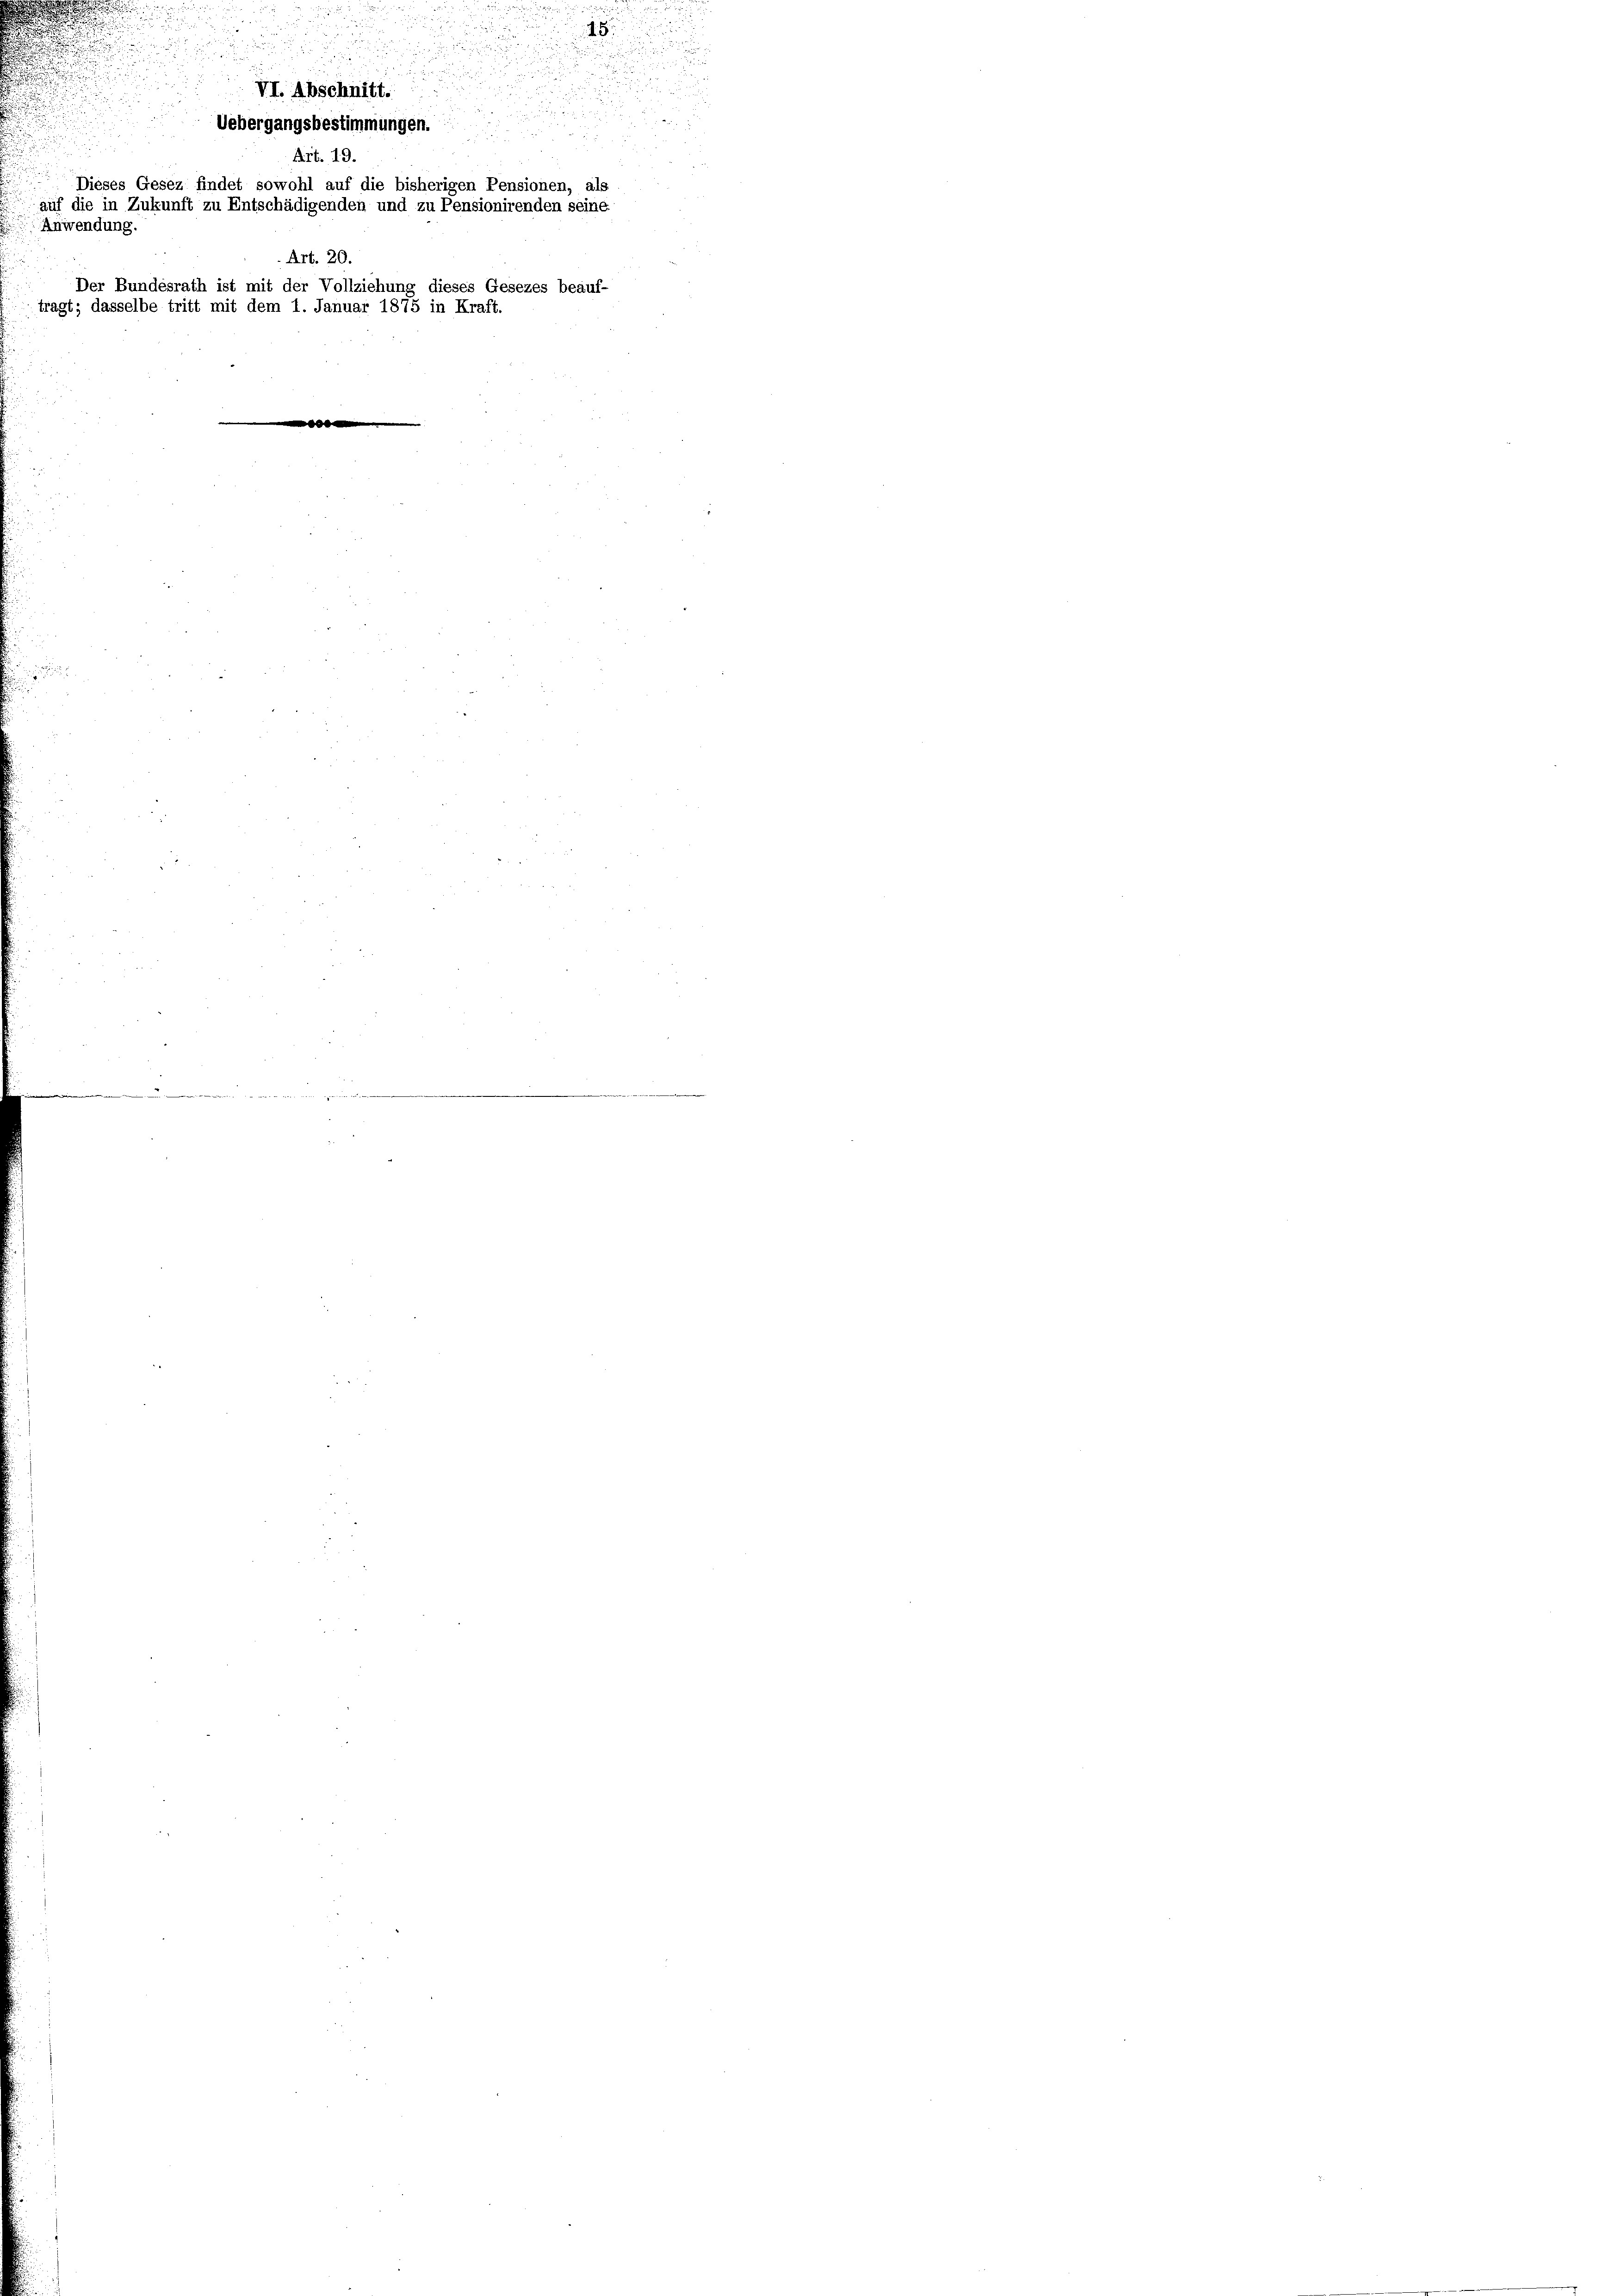
Uebergangsbestimmungen.
Art. 19.
Dieses Gesez findet sowohl auf die bisherigen Pensionen, als
auf die in Zukunft zu Entschädigenden und zu Pensionirenden seine:
Anwendung.
Art. 20.
Der Bundesrath ist mit der Vollziehung dieses Gesezes beauf-
tragt; dasselbe tritt mit dem 1. Januar 1875 in Kraft.

u
.

.

e
VI. Abschnitt.

x

.
18